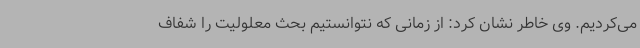
می‌کردیم. وی خاطر نشان کرد: از زمانی که نتوانستیم بحث معلولیت را شفاف